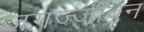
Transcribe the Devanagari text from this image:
जगज्जीवन